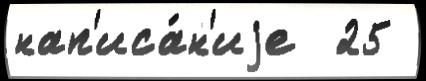
нап'иса́н'иjе  25